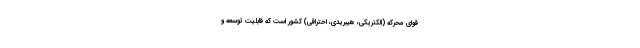
قوای محرکه (الکتریکی، هیبریدی، احتراقی) کشور است که قابلیت توسعه و